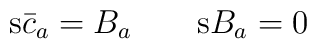
\mathrm{s}\bar c_a=B_a \qquad \mathrm{s} B_a=0